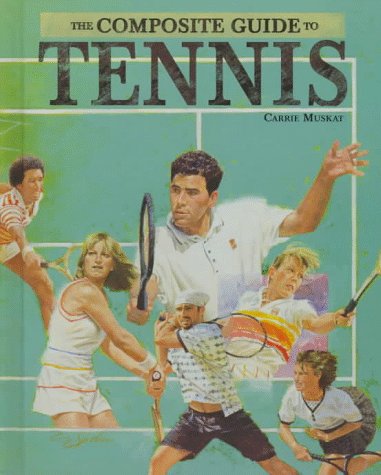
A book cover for The Composite Guide to Tennis; Carrie Muskat; Children's Books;